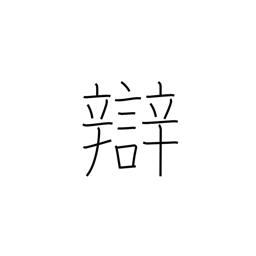
Meaning: dialect